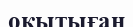
оқытыған